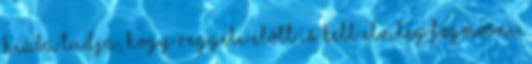
hiába tudja, hogy reggeli elõtt is kell elvileg fogmosni,